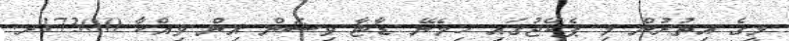
މީގެ އިތުރުން މި ޕެކޭޖުގައި ހިމެނޭ ޑާޓާ ވިޝަން އިން ވިއްކާ 17300ރ.